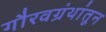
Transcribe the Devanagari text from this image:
गौरवग्रंथांतून